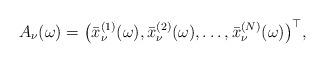
LaTeX: \begin{align*}A_\nu (\omega )=\big(\bar x_\nu ^{(1)}(\omega ),\bar x_\nu^{(2)}(\omega ),\dots ,\bar x_\nu ^{(N)}(\omega )\big)^{\top},\end{align*}